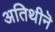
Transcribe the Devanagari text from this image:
अतिथीनॆ